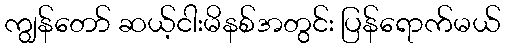
ကျွန်တော် ဆယ့်ငါးမိနစ်အတွင်း ပြန်ရောက်မယ်